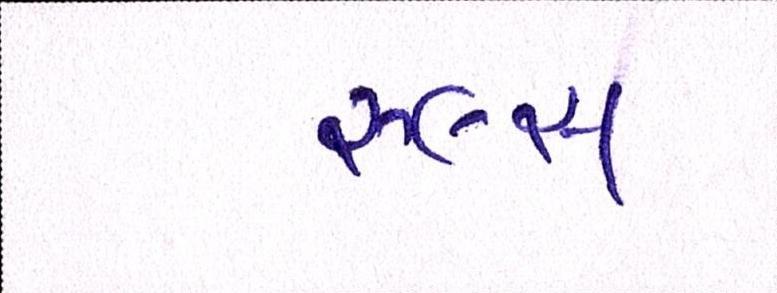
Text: રૂલ્સ